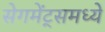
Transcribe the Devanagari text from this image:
सेगमेंट्समध्ये